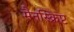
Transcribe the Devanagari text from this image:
मैनस्क्रिप्ट